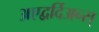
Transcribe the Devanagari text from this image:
अएद्वर्दिअन्स्